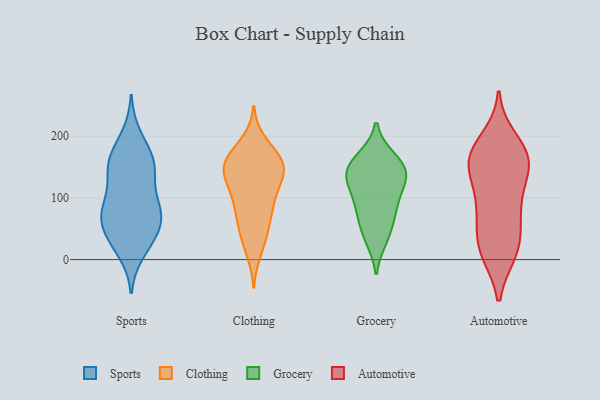
{"axis": {"x": "Backlog", "y": "Value"}, "legend": ["Automotive", "Clothing", "Grocery", "Sports"], "data": [{"x": "", "y": 177, "type": "Sports"}, {"x": "", "y": 149, "type": "Sports"}, {"x": "", "y": 151, "type": "Sports"}, {"x": "", "y": 28, "type": "Sports"}, {"x": "", "y": 154, "type": "Sports"}, {"x": "", "y": 49, "type": "Sports"}, {"x": "", "y": 139, "type": "Sports"}, {"x": "", "y": 71, "type": "Sports"}, {"x": "", "y": 54, "type": "Sports"}, {"x": "", "y": 155, "type": "Sports"}, {"x": "", "y": 90, "type": "Sports"}, {"x": "", "y": 77, "type": "Sports"}, {"x": "", "y": 85, "type": "Sports"}, {"x": "", "y": 200, "type": "Sports"}, {"x": "", "y": 67, "type": "Sports"}, {"x": "", "y": 31, "type": "Sports"}, {"x": "", "y": 13, "type": "Sports"}, {"x": "", "y": 94, "type": "Sports"}, {"x": "", "y": 146, "type": "Clothing"}, {"x": "", "y": 14, "type": "Clothing"}, {"x": "", "y": 151, "type": "Clothing"}, {"x": "", "y": 116, "type": "Clothing"}, {"x": "", "y": 131, "type": "Clothing"}, {"x": "", "y": 62, "type": "Clothing"}, {"x": "", "y": 140, "type": "Clothing"}, {"x": "", "y": 98, "type": "Clothing"}, {"x": "", "y": 173, "type": "Clothing"}, {"x": "", "y": 142, "type": "Clothing"}, {"x": "", "y": 76, "type": "Clothing"}, {"x": "", "y": 157, "type": "Clothing"}, {"x": "", "y": 189, "type": "Clothing"}, {"x": "", "y": 139, "type": "Clothing"}, {"x": "", "y": 169, "type": "Clothing"}, {"x": "", "y": 30, "type": "Clothing"}, {"x": "", "y": 93, "type": "Clothing"}, {"x": "", "y": 161, "type": "Clothing"}, {"x": "", "y": 42, "type": "Clothing"}, {"x": "", "y": 78, "type": "Clothing"}, {"x": "", "y": 78, "type": "Grocery"}, {"x": "", "y": 137, "type": "Grocery"}, {"x": "", "y": 164, "type": "Grocery"}, {"x": "", "y": 140, "type": "Grocery"}, {"x": "", "y": 120, "type": "Grocery"}, {"x": "", "y": 148, "type": "Grocery"}, {"x": "", "y": 129, "type": "Grocery"}, {"x": "", "y": 94, "type": "Grocery"}, {"x": "", "y": 78, "type": "Grocery"}, {"x": "", "y": 159, "type": "Grocery"}, {"x": "", "y": 34, "type": "Grocery"}, {"x": "", "y": 43, "type": "Grocery"}, {"x": "", "y": 107, "type": "Automotive"}, {"x": "", "y": 11, "type": "Automotive"}, {"x": "", "y": 61, "type": "Automotive"}, {"x": "", "y": 162, "type": "Automotive"}, {"x": "", "y": 174, "type": "Automotive"}, {"x": "", "y": 176, "type": "Automotive"}, {"x": "", "y": 156, "type": "Automotive"}, {"x": "", "y": 154, "type": "Automotive"}, {"x": "", "y": 148, "type": "Automotive"}, {"x": "", "y": 127, "type": "Automotive"}, {"x": "", "y": 195, "type": "Automotive"}, {"x": "", "y": 18, "type": "Automotive"}, {"x": "", "y": 13, "type": "Automotive"}, {"x": "", "y": 13, "type": "Automotive"}, {"x": "", "y": 168, "type": "Automotive"}, {"x": "", "y": 51, "type": "Automotive"}, {"x": "", "y": 80, "type": "Automotive"}, {"x": "", "y": 87, "type": "Automotive"}]}